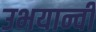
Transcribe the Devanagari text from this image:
उभयान्वी